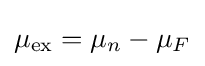
\mu _{\rm {ex}}=\mu _{n}-\mu _{F}